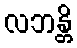
လဘန္တိ